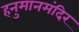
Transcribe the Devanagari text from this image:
हनुमानमंदिर